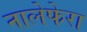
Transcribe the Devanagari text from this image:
नालेफेरा